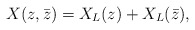
\begin{align*}X(z,\bar z) = X_L(z) + X_L(\bar z), \end{align*}